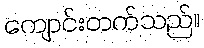
ကျောင်းတက်သည်။